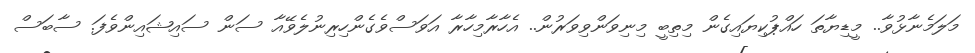
މަލަމެނާޅުވާ.. މީޑިޔާތަ ހައްޕުކިޔައިގެން މިތިބީ މިނިވަންވިވަރުން.. އެހާރާމިހާރާ އަވަސްވެގެންހިރިނުލެވޭއާ ސަން ސައިޝައިންވެފަ. ސާބަސް